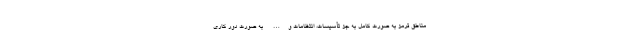
مناطق قرمز به صورت کامل به جز تأسیسات، انتظامات و… به صورت دور کاری